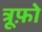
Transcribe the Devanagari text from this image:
त्रूफ़ो